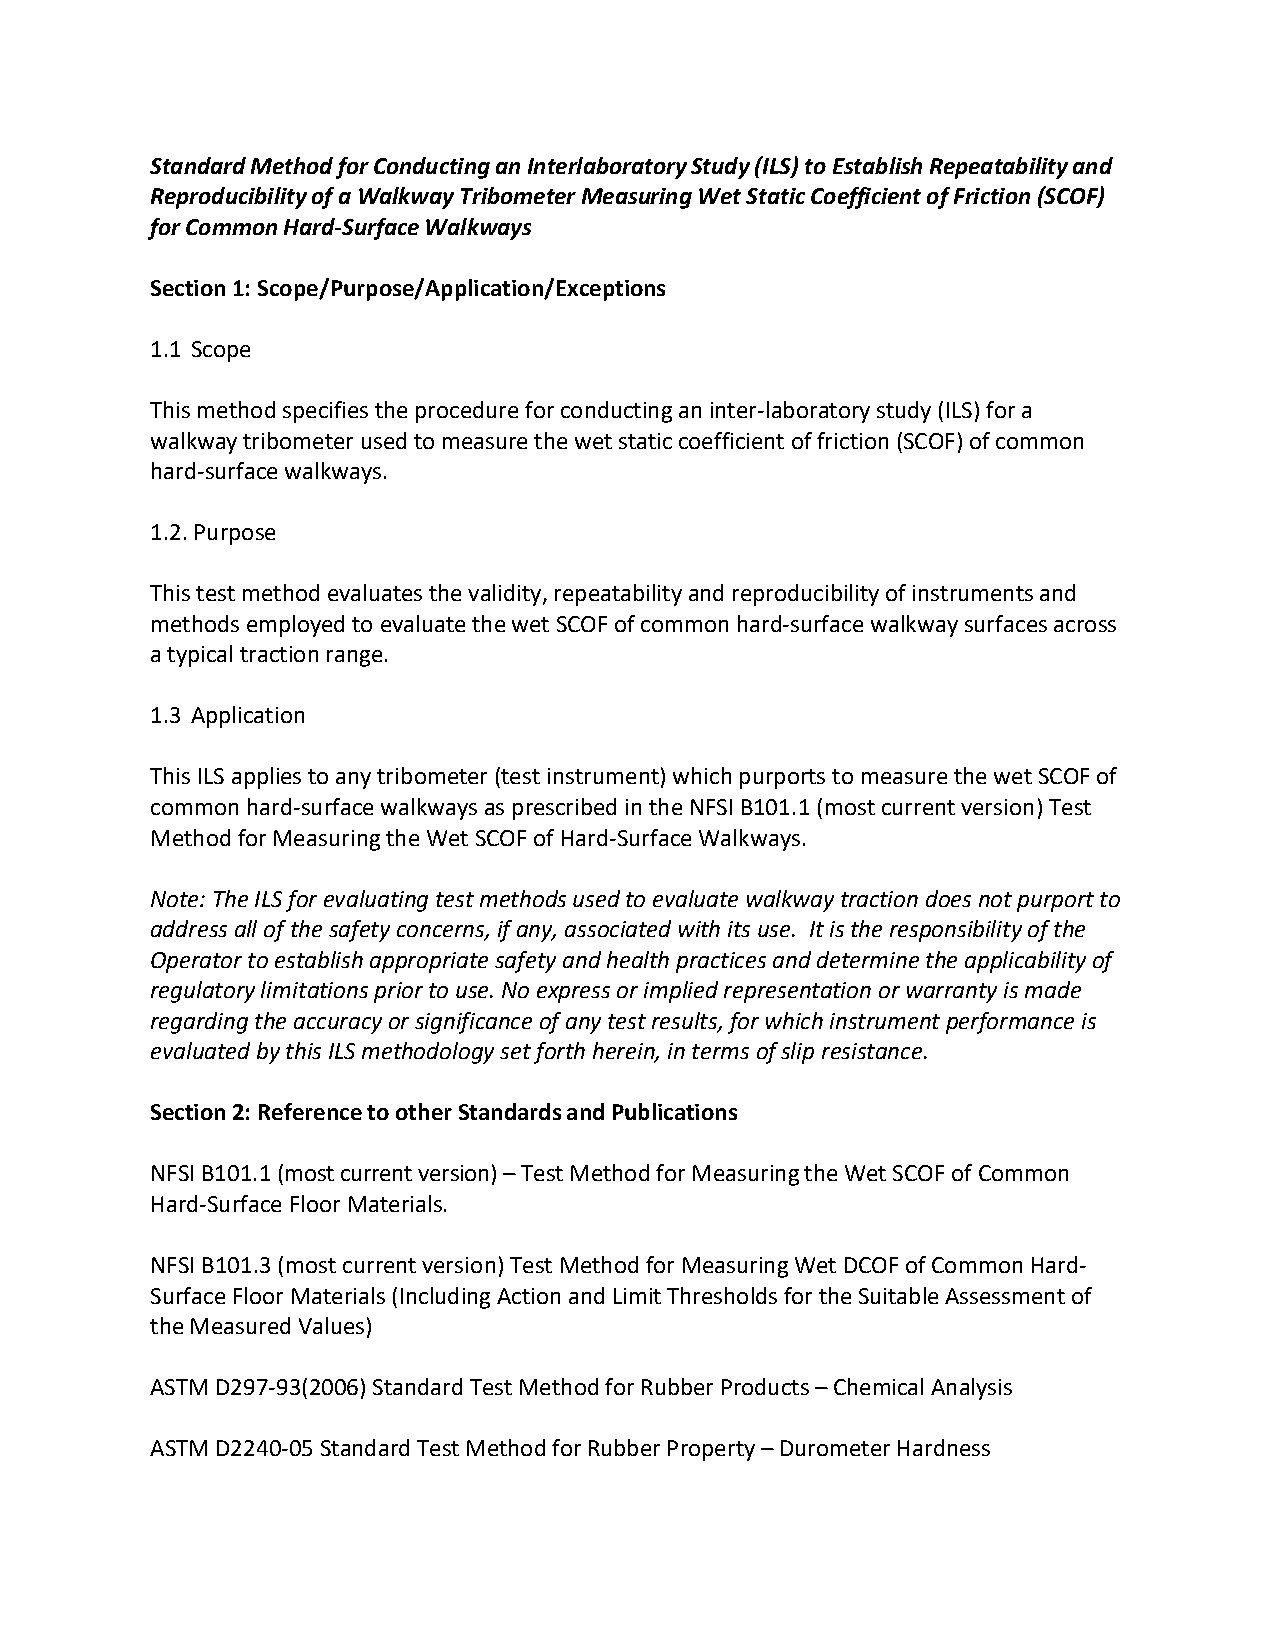
Standard Method for Conducting an Interlaboratory Study (ILS) to Establish Repeatability and
 Reproducibility of a Walkway Tribometer Measuring Wet Static Coefficient of Friction (SCOF)
 for Common Hard-Surface Walkways
 Section 1: Scope/Purpose/Application/Exceptions
 1.1 Scope
 This method specifies the procedure for conducting an inter-laboratory study (ILS) for a
 walkway tribometer used to measure the wet static coefficient of friction (SCOF) of common
 hard-surface walkways.
 1.2. Purpose
 This test method evaluates the validity, repeatability and reproducibility of instruments and
 methods employed to evaluate the wet SCOF of common hard-surface walkway surfaces across
 a typical traction range.
 1.3 Application
 This ILS applies to any tribometer (test instrument) which purports to measure the wet SCOF of
 common hard-surface walkways as prescribed in the NFSI B101.1 (most current version) Test
 Method for Measuring the Wet SCOF of Hard-Surface Walkways.
 Note: The ILS for evaluating test methods used to evaluate walkway traction does not purport to
 address all of the safety concerns, if any, associated with its use. It is the responsibility of the
 Operator to establish appropriate safety and health practices and determine the applicability of
 regulatory limitations prior to use. No express or implied representation or warranty is made
 regarding the accuracy or significance of any test results, for which instrument performance is
 evaluated by this ILS methodology set forth herein, in terms of slip resistance.
 Section 2: Reference to other Standards and Publications
 NFSI B101.1 (most current version) – Test Method for Measuring the Wet SCOF of Common
 Hard-Surface Floor Materials.
 NFSI B101.3 (most current version) Test Method for Measuring Wet DCOF of Common Hard-
 Surface Floor Materials (Including Action and Limit Thresholds for the Suitable Assessment of
 the Measured Values)
 ASTM D297-93(2006) Standard Test Method for Rubber Products – Chemical Analysis
 ASTM D2240-05 Standard Test Method for Rubber Property – Durometer Hardness